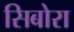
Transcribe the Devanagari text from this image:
सिबोरा